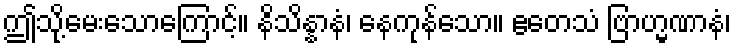
ဤသို့မေးသောကြောင့်။ နိသိန္နာနံ၊ နေကုန်သော။ ဧတေသံ ဗြာဟ္မဏာနံ၊